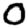
Digit: 0